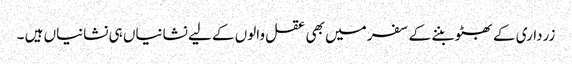
زرداری کے بھٹو بننے کے سفر میں بھی عقل والوں کے لیے نشانیاں ہی نشانیاں ہیں ۔